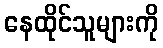
နေထိုင်သူများကို